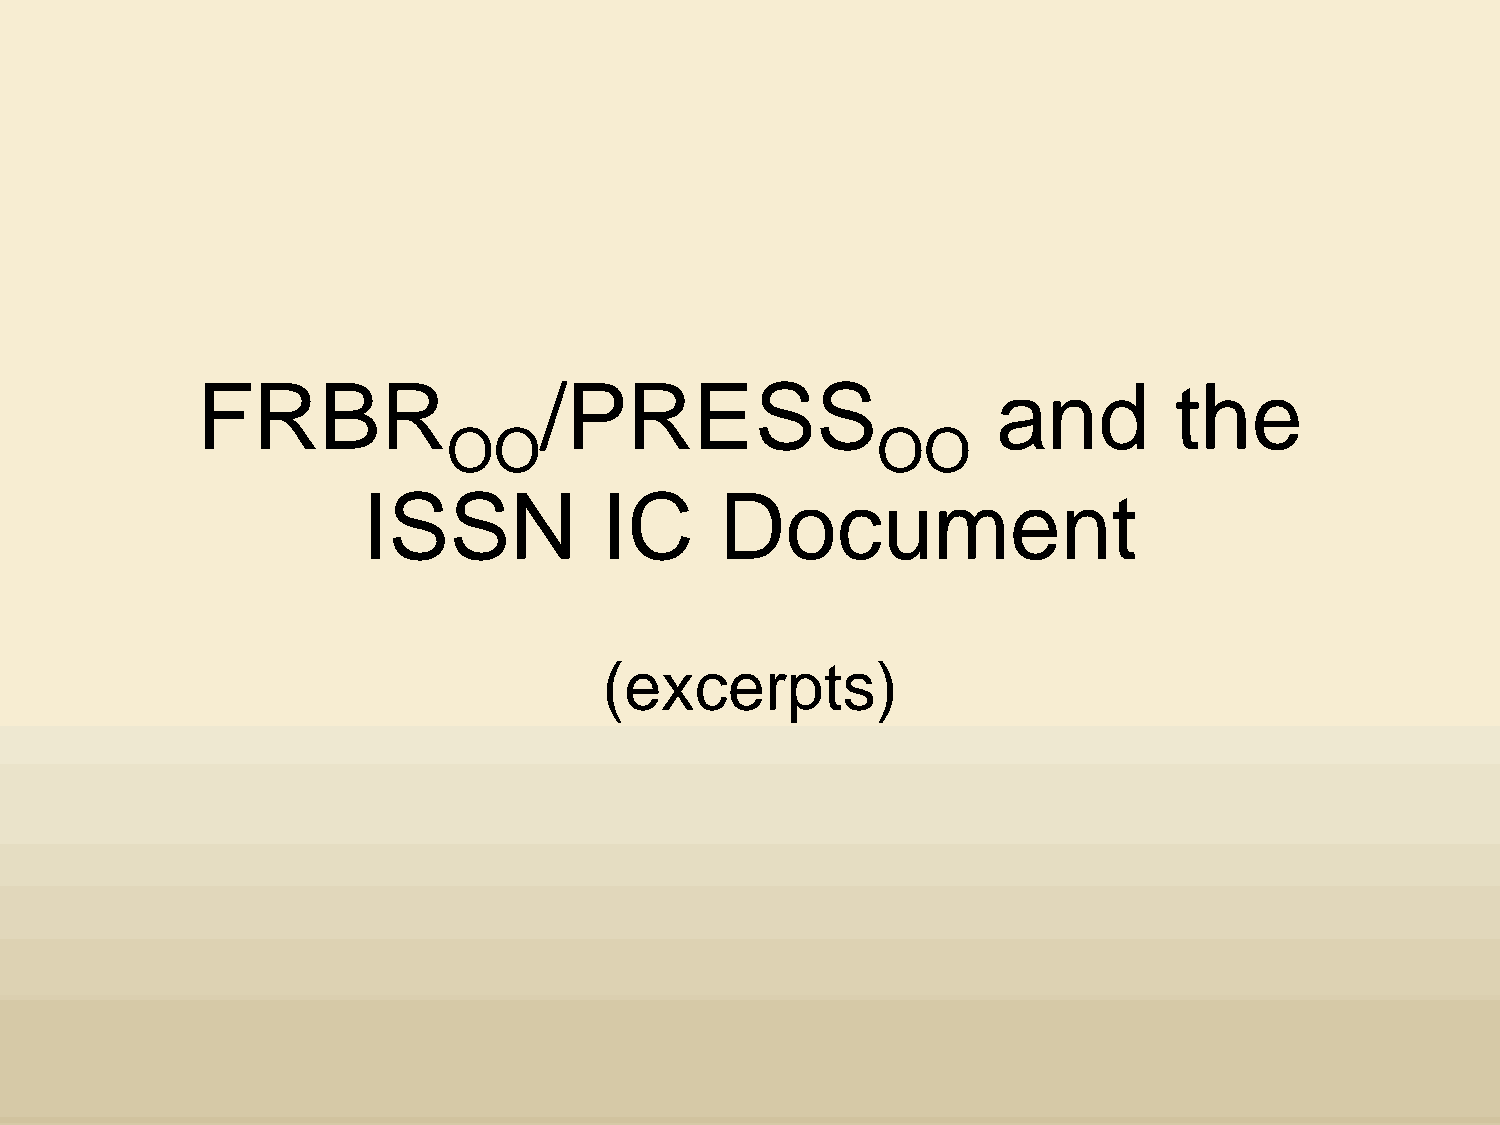
FRBR                   /PRESS                        and         the
 OO                          OO
 ISSN            IC      Document
 (excerpts)